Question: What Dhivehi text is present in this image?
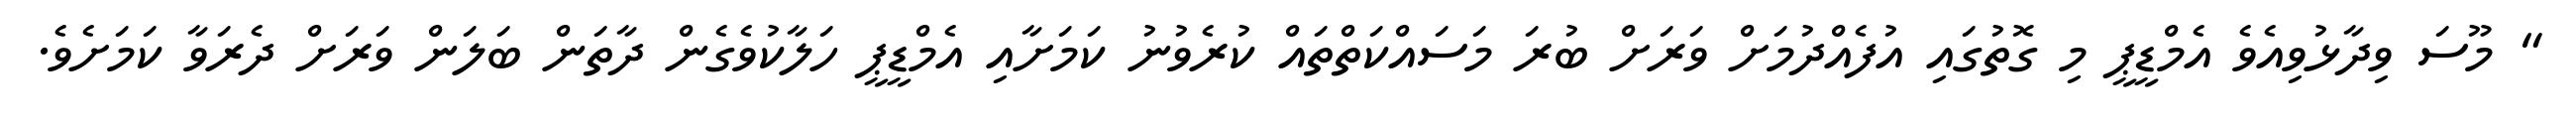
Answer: " މޫސަ ވިދާޅުވިއެވެ އެމްޑީޕީ މި ގޮތުގައި އުފެއްދުމަށް ވަރަށް ބުރަ މަސައްކަތްތައް ކުރެވުނު ކަމަށާއި އެމްޑީޕީ ހަލާކުވެގެން ދާތަން ބަލަން ވަރަށް ދެރަވާ ކަމަށެވެ.